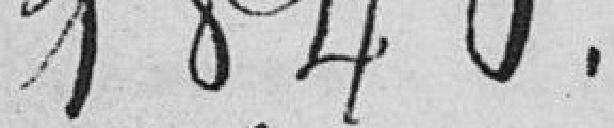
1840.